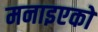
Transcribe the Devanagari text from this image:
मनाइएको